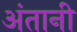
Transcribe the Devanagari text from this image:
अंतानी